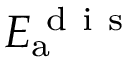
E _ { \mathrm { a } } ^ { \mathrm { ~ d ~ i ~ s ~ } }